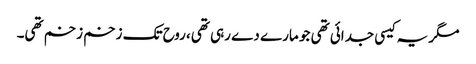
مگر یہ کیسی جدائی تھی جو مارے دے رہی تھی، روح تک زخم زخم تھی۔